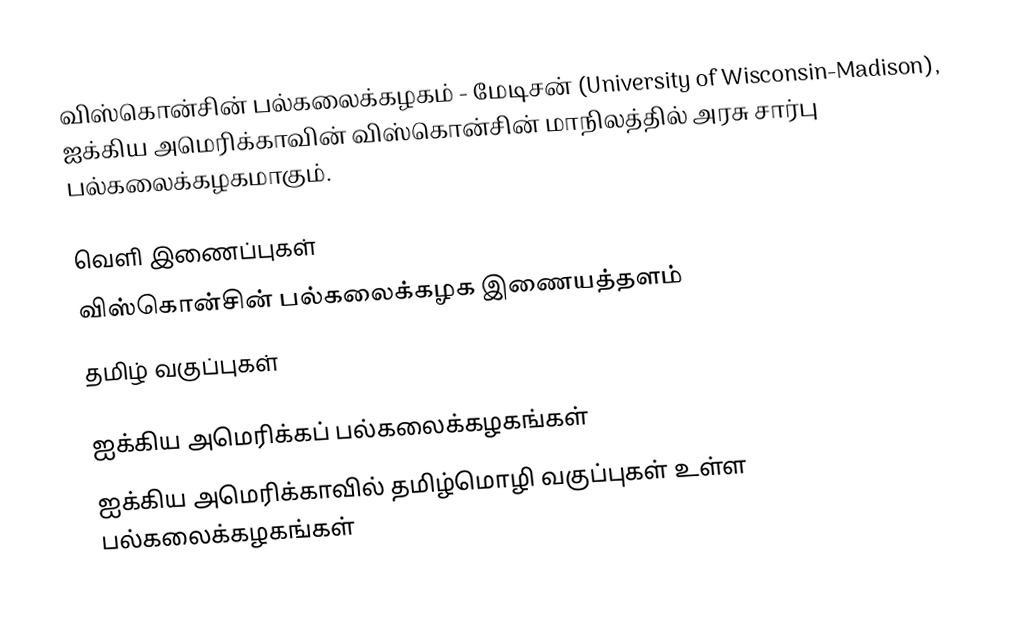
விஸ்கொன்சின் பல்கலைக்கழகம் - மேடிசன் (University of Wisconsin-Madison), ஐக்கிய அமெரிக்காவின் விஸ்கொன்சின் மாநிலத்தில் அரசு சார்பு பல்கலைக்கழகமாகும்.

வெளி இணைப்புகள்
விஸ்கொன்சின் பல்கலைக்கழக இணையத்தளம்
 தமிழ் வகுப்புகள்

ஐக்கிய அமெரிக்கப் பல்கலைக்கழகங்கள்
ஐக்கிய அமெரிக்காவில் தமிழ்மொழி வகுப்புகள் உள்ள பல்கலைக்கழகங்கள்